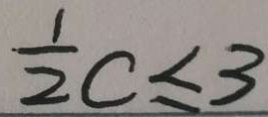
\frac { 1 } { 2 } c \leq 3